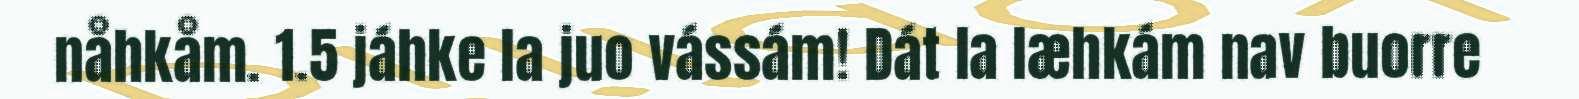
nåhkåm. 1.5 jáhke la juo vássám! Dát la læhkám nav buorre